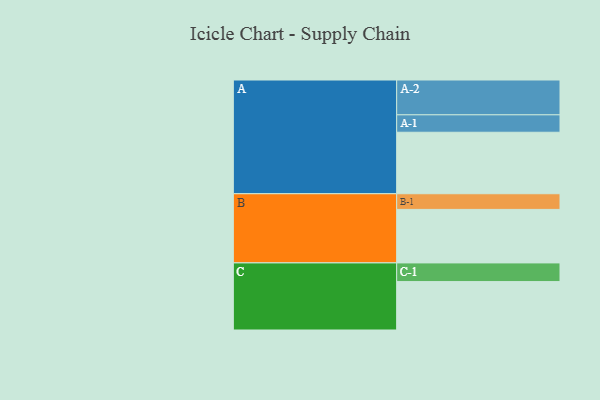
{"axis": {"x": "Segment", "y": "Value"}, "legend": ["", "A", "B", "C"], "data": [{"x": "A", "y": 385, "type": ""}, {"x": "B", "y": 335, "type": ""}, {"x": "C", "y": 303, "type": ""}, {"x": "A-1", "y": 109, "type": "A"}, {"x": "A-2", "y": 218, "type": "A"}, {"x": "B-1", "y": 98, "type": "B"}, {"x": "C-1", "y": 117, "type": "C"}]}